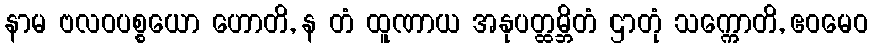
နာမ ဗလဝပစ္စယော ဟောတိ, န တံ ထူဏာယ အနုပတ္ထမ္ဘိတံ ဌာတုံ သက္ကောတိ, ဧဝမေဝ